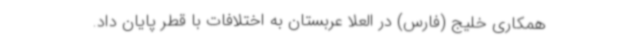
همکاری خلیج (فارس) در العلا عربستان به اختلافات با قطر پایان داد.